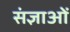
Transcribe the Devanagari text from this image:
संज्ञाओें